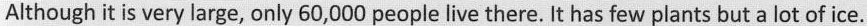
Although it is very large, only 60,000 people live there. It has few plants but a lot of ice.